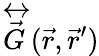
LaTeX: \overleftrightarrow{\vec{G}}(\vec{r},\vec{r}^{\prime})